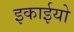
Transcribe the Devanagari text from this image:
इकाईयो